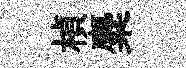
楨麋